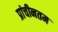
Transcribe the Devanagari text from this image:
प्रांचीनतम